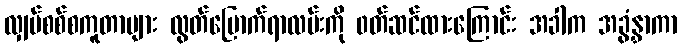
လျှပ်စစ်စကူတာများ လွတ်မြောက်ရာလမ်းကို ၀တ်ဆင်ထားကြောင်း အခါက အခွံနွှာကာ